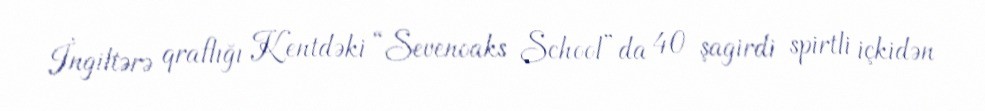
İngiltərə qraflığı Kentdəki “Sevenoaks School”da 40 şagirdi spirtli içkidən